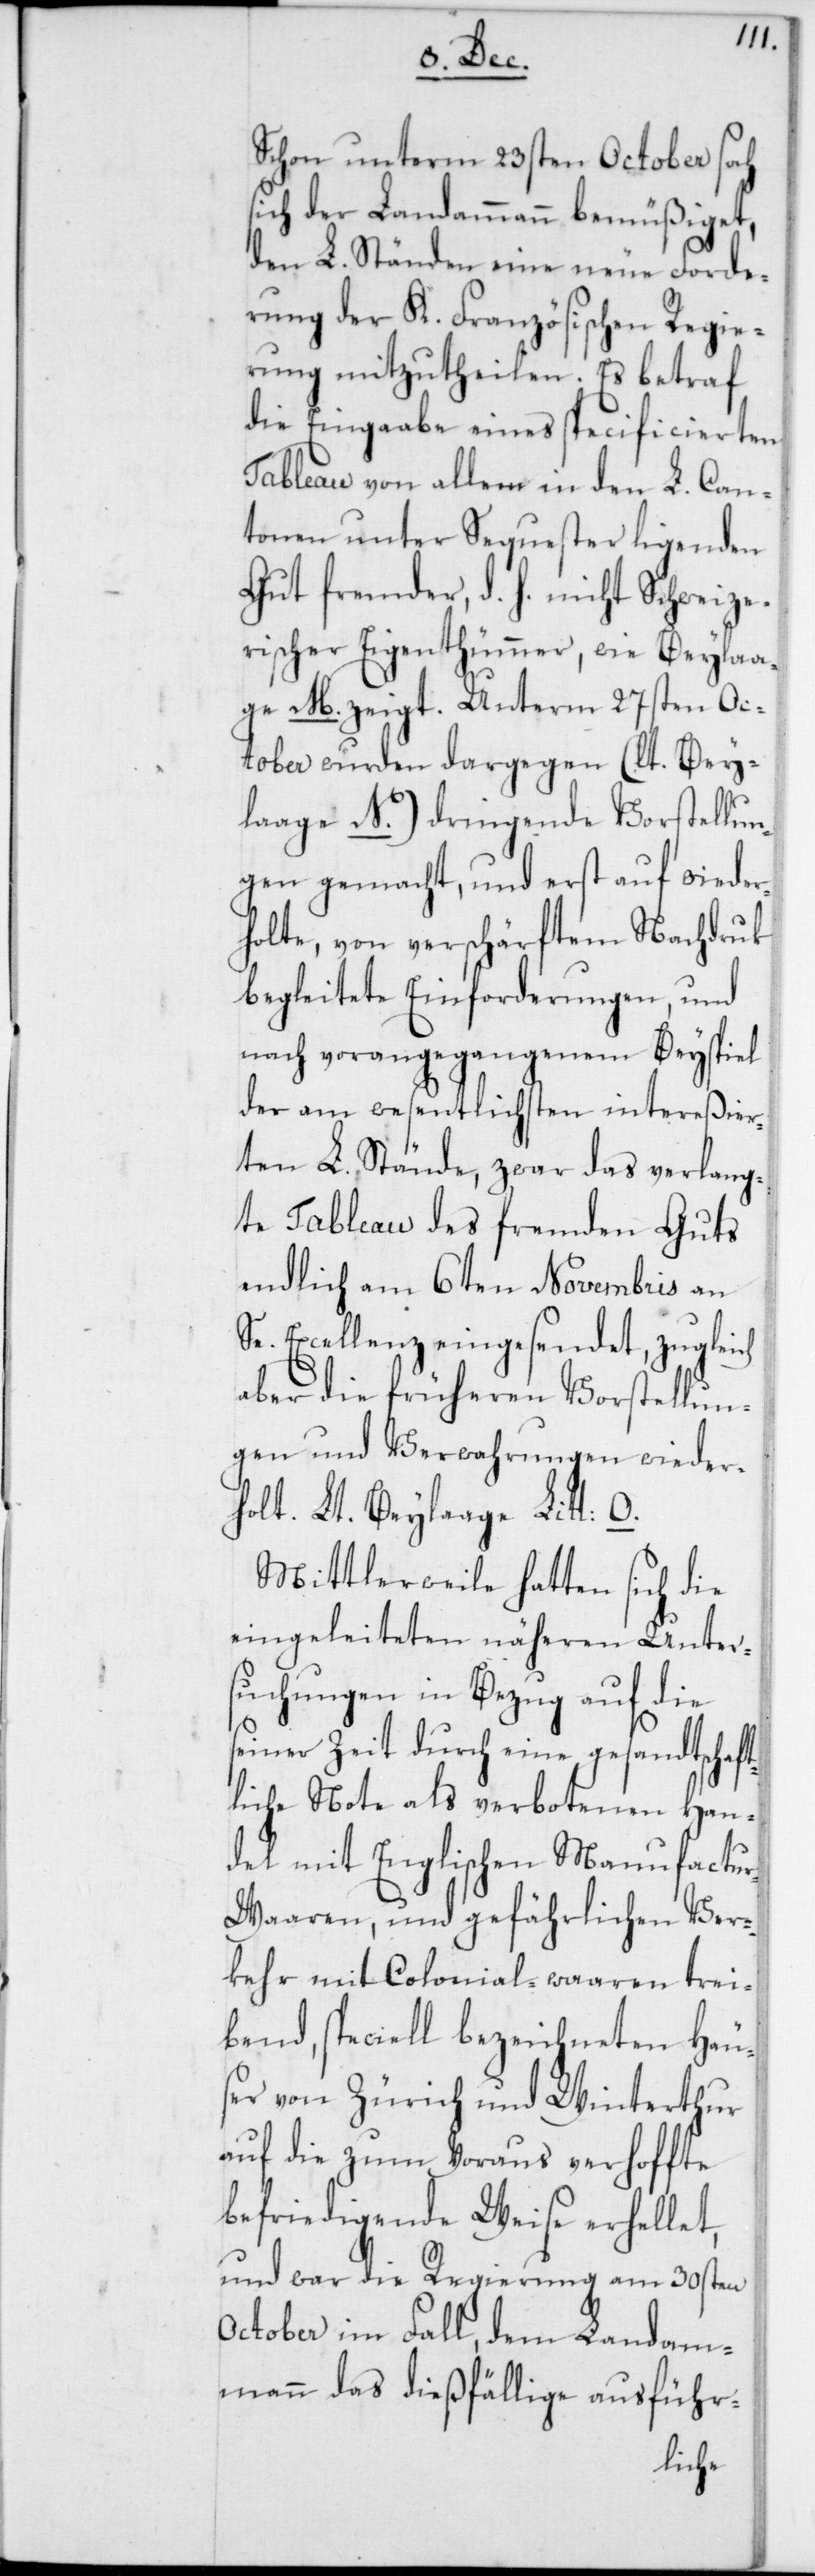
Schon unterm 23sten October sah
sich der Landammann bemüßiget,
den L. Ständen eine neue Forde¬
rung der K. Französischen Regie¬
rung mitzutheilen. Es betraf
die Eingabe eines specificierten
Tableau von allem in den L. Can¬
tonen unter Sequester liegenden
Gut fremder, d. h. nicht Schweize¬
rischer Eigenthümer, wie Beylaa¬
ge M. zeigt. Unterm 27sten Oc¬
tober wurden dargegen (lt. Bey¬
laage N.) dringende Vorstellun¬
gen gemacht, und erst auf wieder¬
holte, von verschärftem Nachdruck
begleitete Einforderungen, und
nach vorangegangenem Beyspiel
der am wesentlichsten intereßier¬
ten L. Stände, zwar das verlang¬
te Tableau des fremden Guts
endlich am 6ten Novembris an
Se. Excellenz eingesendet, zugleich
aber die früheren Vorstellun¬
gen und Verwahrungen wieder¬
holt. Lt. Beylage Litt: O.
Mittlerweile hatten sich die
eingeleiteten näheren Unter¬
suchungen in Bezug auf die
seiner Zeit durch eine gesandtschaft¬
liche Note als verbotenen Han¬
del mit Englischen Manufactu¬
r-Waaren, und gefährlichen Ver¬
kehr mit Colonial-waaren trei¬
bend, speciell bezeichneten Häus¬
er von Zürich und Winterthur
auf die zum Voraus verhoffte
befriedigende Weise erhellet,
und war die Regierung am 30sten
October im Fall, dem Landam¬
mann das dießfällige ausführ-